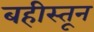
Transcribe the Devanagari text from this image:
बहीस्तून